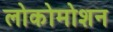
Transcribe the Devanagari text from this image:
लोकोमोशन